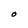
Character: O